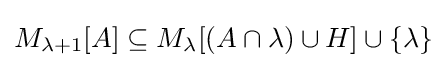
M_{\lambda +1}[A]\subseteq M_{\lambda }[(A\cap \lambda )\cup H]\cup \{\lambda \}